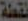
نقطة